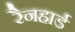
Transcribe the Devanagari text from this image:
रैनहार्ड